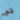
قم